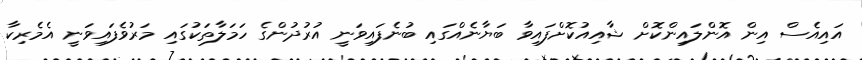
އައިއެސް އިން އޮންލައިންކޮށް ޝާއިއުކޮށްފައިވާ ބަޔާނެއްގައި ބުނެފައިވަނީ އުރުދުންގެ ހަމަލާތަކުގައި މަރުވެފައިވަނީ އެމެރިކާ